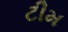
ટીમ